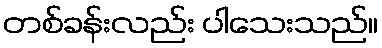
တစ်ခန်းလည်း ပါသေးသည်။